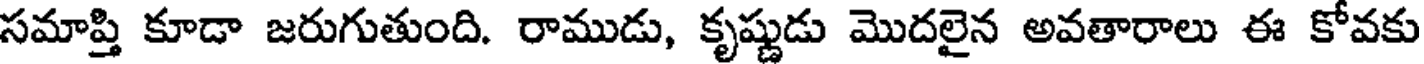
సమాప్తి కూడా జరుగుతుంది. రాముడు, కృష్ణుడు మొదలైన అవతారాలు ఈ కోవకు